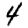
Digit: 4